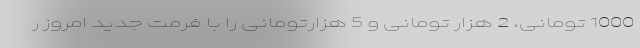
1000 تومانی، 2 هزار تومانی و 5 هزارتومانی را با فرمت جدید امروز ر